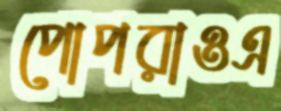
পোপরাওএ